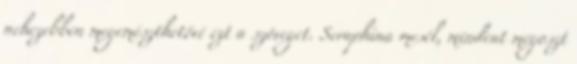
nehezebben megemészthetővé ezt a szöveget. Seraphina mesél, mindent megoszt